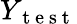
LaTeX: Y_{\mathrm{~t~e~s~t~}}